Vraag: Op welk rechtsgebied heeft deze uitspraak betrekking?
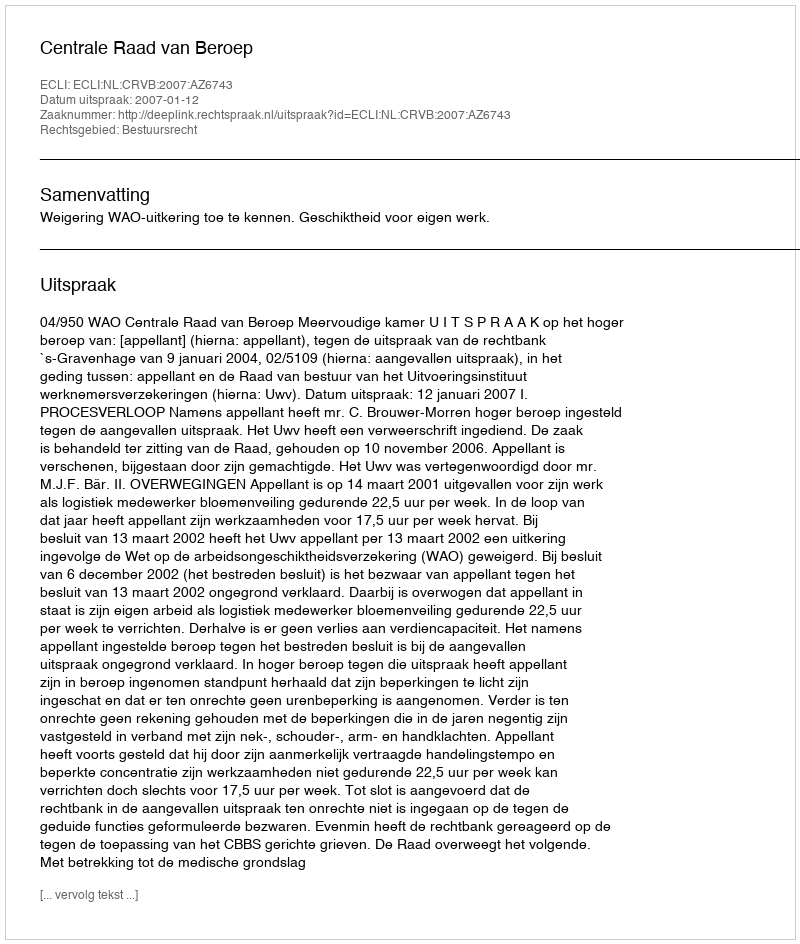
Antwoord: Bestuursrecht